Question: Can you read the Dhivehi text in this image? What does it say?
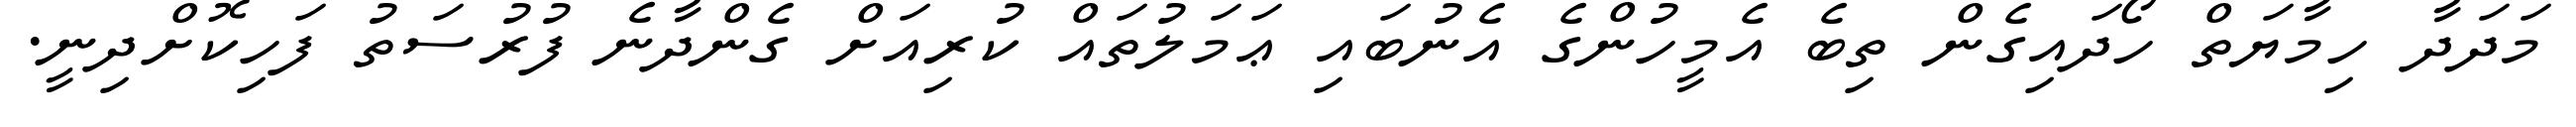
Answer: މަދަދާ ހިމާޔަތް ހޯދައިގެން ތިބެ އެމީހުންގެ އެނުބައި ޢަމަލުތައް ކުރިއަށް ގެންދާނެ ފުރުސަތު ފަހިކޮށްދިނީ.